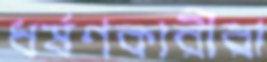
ধর্ষণকারীরা